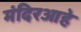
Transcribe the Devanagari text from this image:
मंदिरआहे